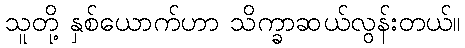
သူတို့ နှစ်ယောက်ဟာ သိက္ခာဆယ်လွန်းတယ်။